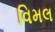
વિમલ